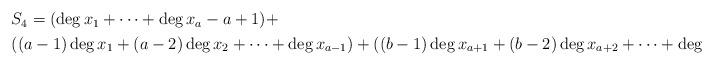
LaTeX: \begin{align*}\begin{aligned}\ &S_4=(\deg x_1+\dots+\deg x_a-a+1)+\\&((a-1)\deg x_1+(a-2)\deg x_2+\dots+\deg x_{a-1})+((b-1)\deg x_{a+1}+(b-2)\deg x_{a+2}+\dots+\deg x_{n-1})\end{aligned}\end{align*}